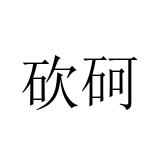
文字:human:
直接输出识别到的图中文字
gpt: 砍砢